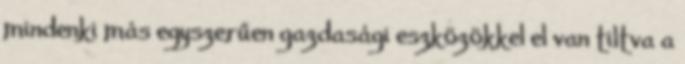
mindenki más egyszerűen gazdasági eszközökkel el van tiltva a